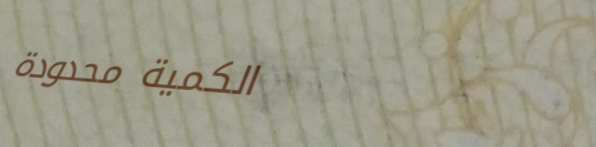
الكمية محدودة